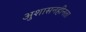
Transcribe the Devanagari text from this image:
अुशासनहीनता